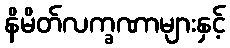
နိမိတ်လက္ခဏာများနှင့်